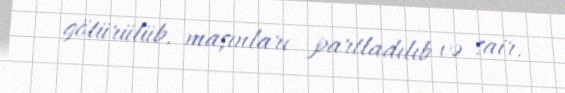
götürülüb, maşınları partladılıb və sair.